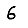
Digit: 6